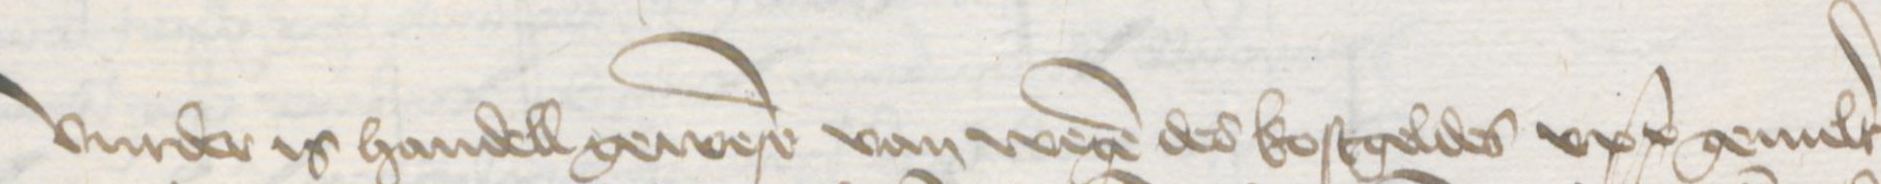
Vurder is handell gewesen van wegen des kostgeldes upp gemelter